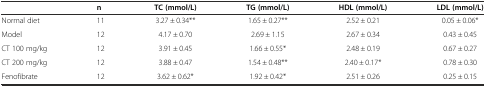
|  | n | TC (mmol/L) | TG (mmol/L) | HDL (mmol/L) | LDL (mmol/L) |
 | --- | --- | --- | --- | --- | --- |
 | Normal diet | 11 | 3.27 ± 0.34** | 1.65 ± 0.27** | 2.52 ± 0.21 | 0.05 ± 0.06* |
 | Model | 12 | 4.17 ± 0.70 | 2.69 ± 1.15 | 2.67 ± 0.34 | 0.43 ± 0.45 |
 | CT 100 mg/kg | 12 | 3.91 ± 0.45 | 1.66 ± 0.55* | 2.48 ± 0.19 | 0.67 ± 0.27 |
 | CT 200 mg/kg | 12 | 3.88 ± 0.47 | 1.54 ± 0.48** | 2.40 ± 0.17* | 0.78 ± 0.30 |
 | Fenofibrate | 12 | 3.62 ± 0.62* | 1.92 ± 0.42* | 2.51 ± 0.26 | 0.25 ± 0.15 |